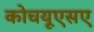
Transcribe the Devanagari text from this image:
कोचयूएसए